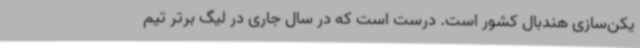
یکن‌سازی هندبال کشور است. درست است که در سال جاری در لیگ برتر تیم